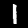
Digit: 1